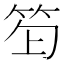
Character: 𥬿